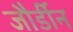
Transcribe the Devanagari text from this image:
जौर्डीन